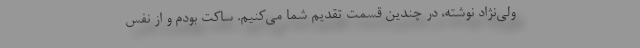
ولی‌نژاد نوشته، در چندین قسمت تقدیم شما می‌کنیم. ساکت بودم و از نفس